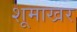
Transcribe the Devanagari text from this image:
शूमाखर